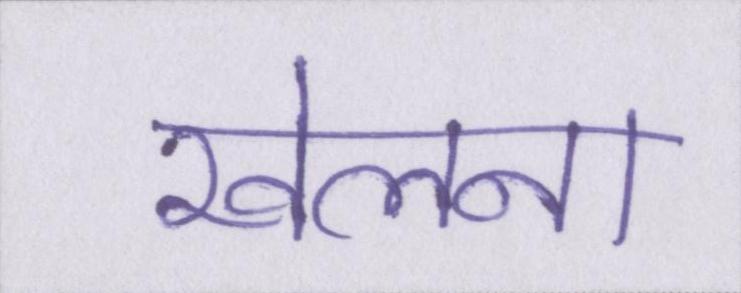
खेलना